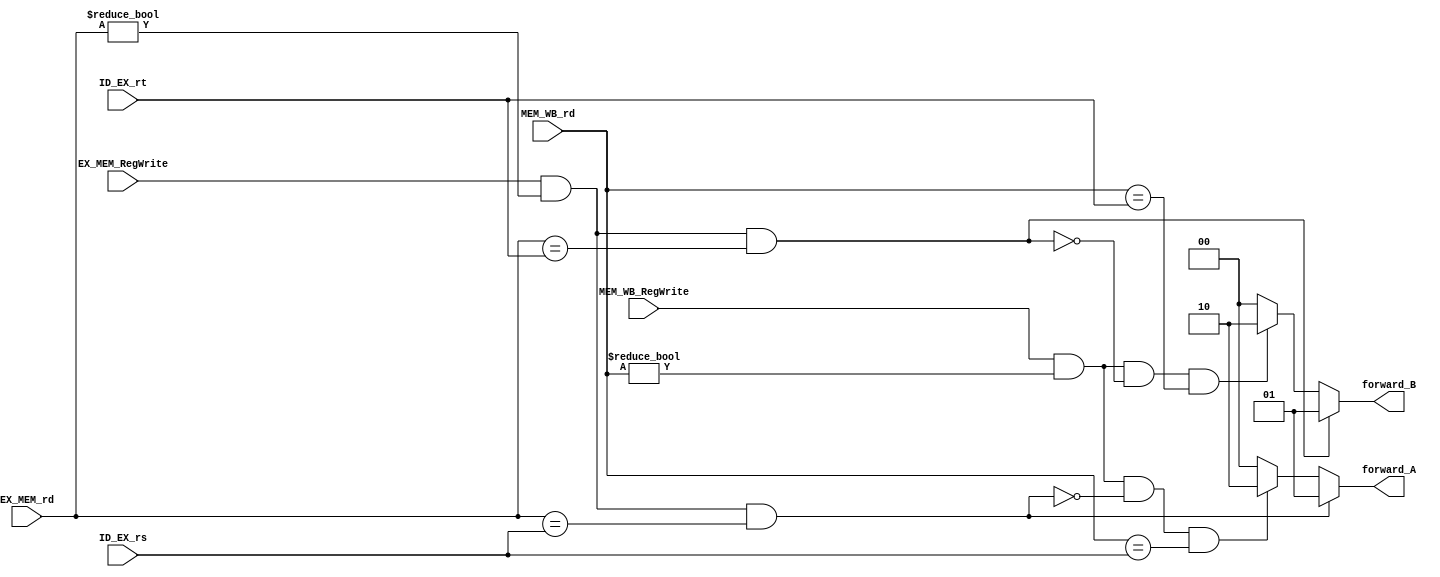
// 0716089
//Subject:     CO project 2 - Decoder
//--------------------------------------------------------------------------------
//Version:     1
//--------------------------------------------------------------------------------
//Writer:      Luke
//----------------------------------------------
//Date:        
//----------------------------------------------
//Description: 
//--------------------------------------------------------------------------------
`timescale 1ns/1ps
module forward_unit(
    ID_EX_rs,
    ID_EX_rt,
    EX_MEM_rd,
    MEM_WB_rd,
    EX_MEM_RegWrite,
    MEM_WB_RegWrite,
    forward_A,
    forward_B,
);
input [5-1:0] ID_EX_rs;
input [5-1:0] ID_EX_rt;
input [5-1:0] EX_MEM_rd;
input [5-1:0] MEM_WB_rd;
input EX_MEM_RegWrite;
input MEM_WB_RegWrite;
output [1:0] forward_A;
output [1:0] forward_B;

reg [1:0] forward_A;
reg [1:0] forward_B;


always@(*) begin
    // EX hazard
     if(EX_MEM_RegWrite && (EX_MEM_rd != 0) && EX_MEM_rd == ID_EX_rs) forward_A = 2'b01;
     else if(MEM_WB_RegWrite && (MEM_WB_rd != 0) && !(EX_MEM_RegWrite && (EX_MEM_rd != 0) && EX_MEM_rd == ID_EX_rs) && MEM_WB_rd == ID_EX_rs) forward_A = 2'b10;
     else forward_A = 2'b00;
     
     if(EX_MEM_RegWrite && (EX_MEM_rd != 0) && EX_MEM_rd == ID_EX_rt) forward_B = 2'b01;
     else if(MEM_WB_RegWrite && (MEM_WB_rd != 0) && !(EX_MEM_RegWrite && (EX_MEM_rd != 0) && EX_MEM_rd == ID_EX_rt) && MEM_WB_rd == ID_EX_rt) forward_B = 2'b10;
     else forward_B = 2'b00;
end

endmodule